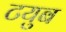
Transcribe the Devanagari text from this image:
टयुब